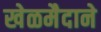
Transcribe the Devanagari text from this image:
खेळमैदाने